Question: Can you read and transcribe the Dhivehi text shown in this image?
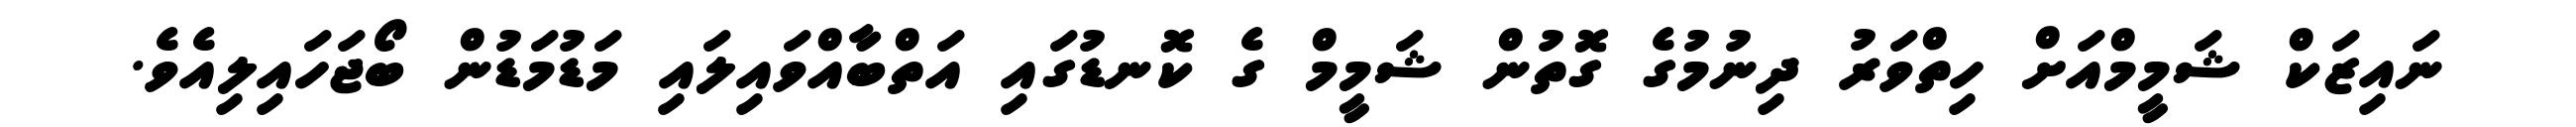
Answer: ނައިޒަކް ޝަމީމްއަށް ހިތްވަރު ދިނުމުގެ ގޮތުން ޝަމީމް ގެ ކޮނޑުގައި އަތްބާއްވައިލައި މަޑުމަޑުން ބޯޖަހައިލިއެވެ.